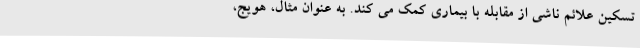
تسکین علائم ناشی از مقابله با بیماری کمک می کند. به عنوان مثال، هویج،